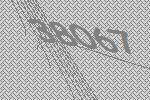
38067